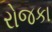
રોજકા